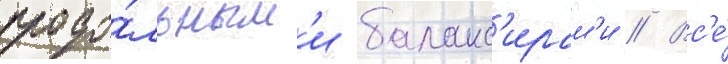
продо́льным'и баланс'ирам'и // Вс'е́